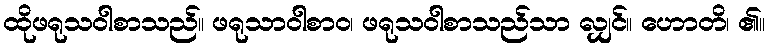
ထိုဖရုသဝါစာသည်။ ဖရုသာဝါစာဝ၊ ဖရုသဝါစာသည်သာ လျှင်။ ဟောတိ၊ ၏။